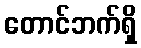
တောင်ဘက်ရှိ